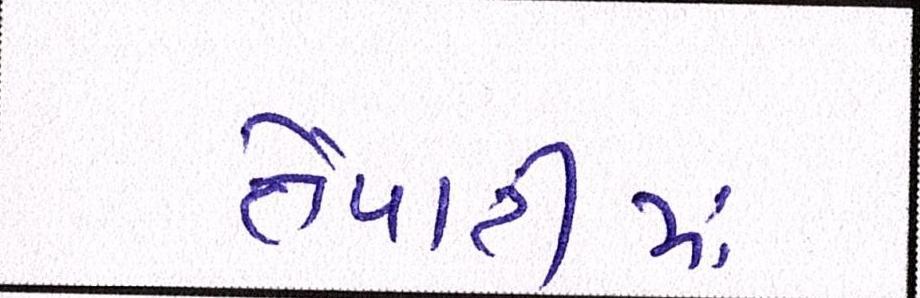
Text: તૈયારીમાં